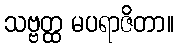
သဗ္ဗတ္ထ မပရာဇိတာ။